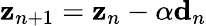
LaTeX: {\mathbf z}_{n+1}={\mathbf z}_{n}-\alpha{\mathbf d}_{n}